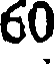
60